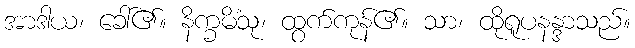
အာဒါယ၊ ခေါ်၏။ နိက္ခမိံသု၊ ထွက်ကုန်၏။ သာ၊ ထိုရူပနန္ဒာသည်။